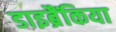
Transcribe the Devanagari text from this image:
डाइब्रैंकिया